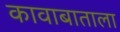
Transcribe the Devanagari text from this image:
कावाबाताला